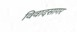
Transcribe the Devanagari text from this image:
विवादसागर